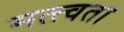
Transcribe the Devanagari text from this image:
मत्त्वता